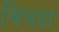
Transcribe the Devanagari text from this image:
बिचड़ा